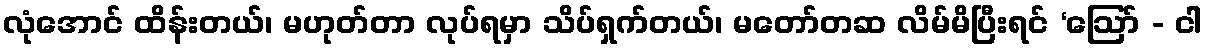
လုံအောင် ထိန်းတယ်၊ မဟုတ်တာ လုပ်ရမှာ သိပ်ရှက်တယ်၊ မတော်တဆ လိမ်မိပြီးရင် ‘ဩော် - ငါ